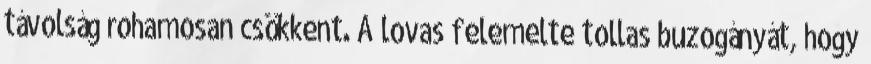
távolság rohamosan csökkent. A lovas felemelte tollas buzogányát, hogy